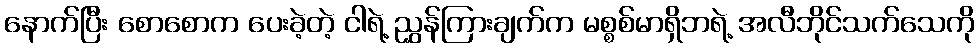
နောက်ပြီး စောစောက ပေးခဲ့တဲ့ ငါရဲ့ ညွှန်ကြားချက်က မစ္စစ်မာရှိဘရဲ့ အလီဘိုင်သက်သေကို